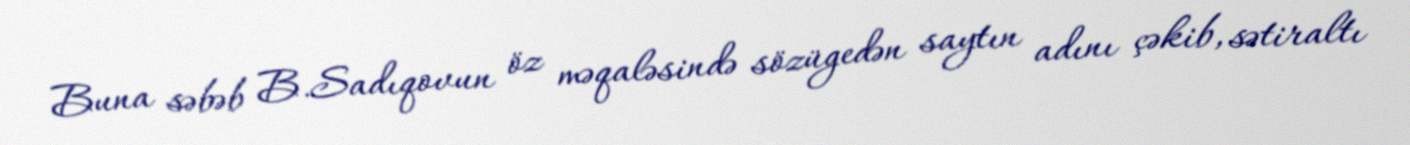
Buna səbəb B.Sadıqovun öz məqaləsində sözügedən saytın adını çəkib, sətiraltı